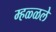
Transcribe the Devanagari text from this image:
म्हळ्ळले